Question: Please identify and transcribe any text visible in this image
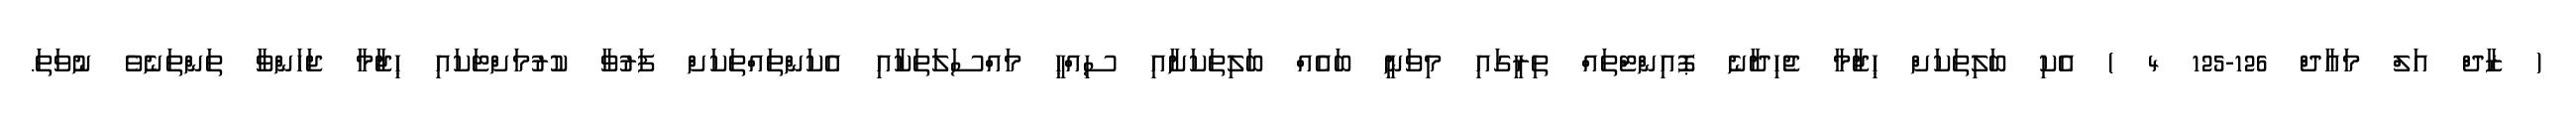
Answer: ( ޒާދް އަލް މަޢާދް 126-125 4 ) އެކި ބަލިތަކަށް ޙިޖާމާ ޖެހިދާނެ ޕޮއިންޓްތައް ތިރީގައި މިވަނީ ބައެއް ބަލިތަކަށާއި ސިއްޙީ މައްސަލަތަކާއި އެކަންތައްތަކަށް ފަރުވާ ކުރުމަށްޓަކައި ޙިޖާމާ ޖަހަންވާ ތަންތަނެވެ ނުވަތަ.